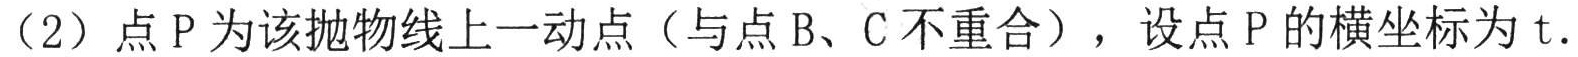
（2）点\(P\)为该抛物线上一动点（与点\(B\)、\(C\)不重合），设点\(P\)的横坐标为\(t\).